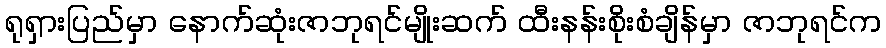
ရုရှားပြည်မှာ နောက်ဆုံးဇာဘုရင်မျိုးဆက် ထီးနန်းစိုးစံချိန်မှာ ဇာဘုရင်က